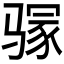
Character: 𱅥